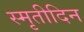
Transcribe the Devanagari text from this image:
स्मृतीदिन